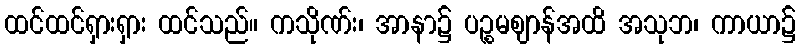
ထင်ထင်ရှားရှား ထင်သည်။ ကသိုဏ်း၊ အာနာ၌ ပဉ္စမဈာန်အထိ အသုဘ၊ ကာယာ၌